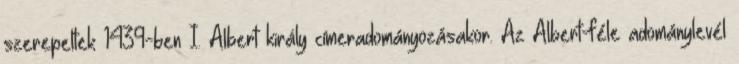
szerepeltek 1439-ben I. Albert király címeradományozásakor. Az Albert-féle adománylevél